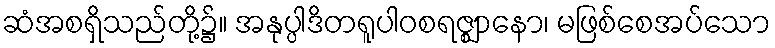
ဆံအစရှိသည်တို့၌။ အနုပ္ပါဒိတရူပါဝစရဇ္ဈာနော၊ မဖြစ်စေအပ်သော